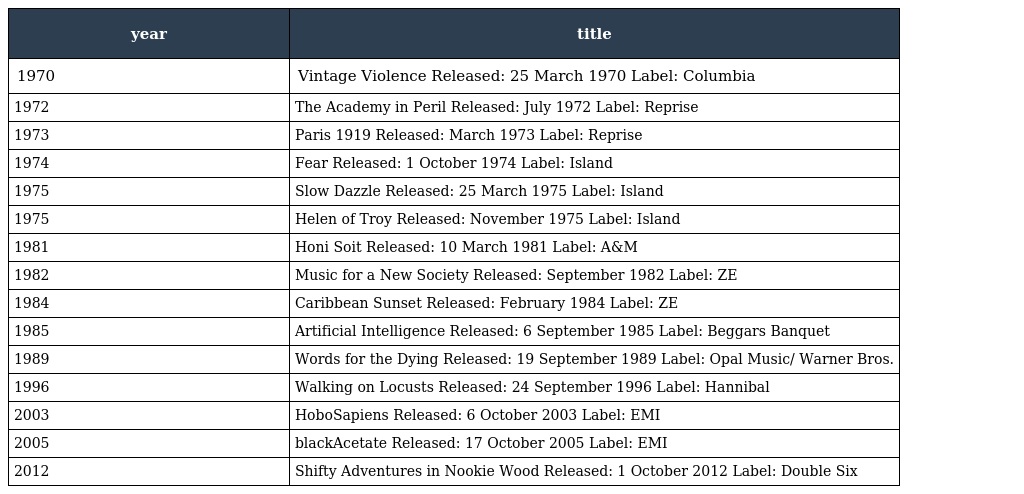
| year | title |
 | --- | --- |
 | 1970 | Vintage Violence Released: 25 March 1970 Label: Columbia |
 | 1972 | The Academy in Peril Released: July 1972 Label: Reprise |
 | 1973 | Paris 1919 Released: March 1973 Label: Reprise |
 | 1974 | Fear Released: 1 October 1974 Label: Island |
 | 1975 | Slow Dazzle Released: 25 March 1975 Label: Island |
 | 1975 | Helen of Troy Released: November 1975 Label: Island |
 | 1981 | Honi Soit Released: 10 March 1981 Label: A&M |
 | 1982 | Music for a New Society Released: September 1982 Label: ZE |
 | 1984 | Caribbean Sunset Released: February 1984 Label: ZE |
 | 1985 | Artificial Intelligence Released: 6 September 1985 Label: Beggars Banquet |
 | 1989 | Words for the Dying Released: 19 September 1989 Label: Opal Music/ Warner Bros. |
 | 1996 | Walking on Locusts Released: 24 September 1996 Label: Hannibal |
 | 2003 | HoboSapiens Released: 6 October 2003 Label: EMI |
 | 2005 | blackAcetate Released: 17 October 2005 Label: EMI |
 | 2012 | Shifty Adventures in Nookie Wood Released: 1 October 2012 Label: Double Six |